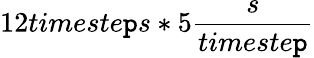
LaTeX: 12timeste\mathtt{p}s*5\frac{{s}}{{timeste\mathtt{p}}}